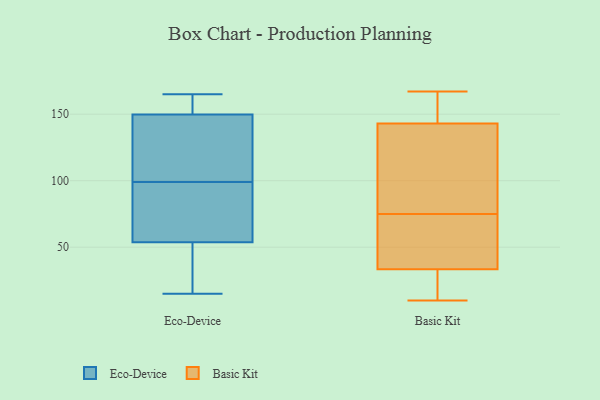
{"axis": {"x": "Headcount", "y": "Value"}, "legend": ["Basic Kit", "Eco-Device"], "data": [{"x": "", "y": 152, "type": "Eco-Device"}, {"x": "", "y": 15, "type": "Eco-Device"}, {"x": "", "y": 143, "type": "Eco-Device"}, {"x": "", "y": 107, "type": "Eco-Device"}, {"x": "", "y": 22, "type": "Eco-Device"}, {"x": "", "y": 99, "type": "Eco-Device"}, {"x": "", "y": 90, "type": "Eco-Device"}, {"x": "", "y": 162, "type": "Eco-Device"}, {"x": "", "y": 59, "type": "Eco-Device"}, {"x": "", "y": 165, "type": "Eco-Device"}, {"x": "", "y": 52, "type": "Eco-Device"}, {"x": "", "y": 47, "type": "Eco-Device"}, {"x": "", "y": 88, "type": "Eco-Device"}, {"x": "", "y": 125, "type": "Eco-Device"}, {"x": "", "y": 152, "type": "Eco-Device"}, {"x": "", "y": 34, "type": "Basic Kit"}, {"x": "", "y": 38, "type": "Basic Kit"}, {"x": "", "y": 10, "type": "Basic Kit"}, {"x": "", "y": 39, "type": "Basic Kit"}, {"x": "", "y": 117, "type": "Basic Kit"}, {"x": "", "y": 27, "type": "Basic Kit"}, {"x": "", "y": 143, "type": "Basic Kit"}, {"x": "", "y": 33, "type": "Basic Kit"}, {"x": "", "y": 143, "type": "Basic Kit"}, {"x": "", "y": 77, "type": "Basic Kit"}, {"x": "", "y": 16, "type": "Basic Kit"}, {"x": "", "y": 165, "type": "Basic Kit"}, {"x": "", "y": 167, "type": "Basic Kit"}, {"x": "", "y": 69, "type": "Basic Kit"}, {"x": "", "y": 73, "type": "Basic Kit"}, {"x": "", "y": 14, "type": "Basic Kit"}, {"x": "", "y": 132, "type": "Basic Kit"}, {"x": "", "y": 164, "type": "Basic Kit"}, {"x": "", "y": 148, "type": "Basic Kit"}, {"x": "", "y": 142, "type": "Basic Kit"}]}